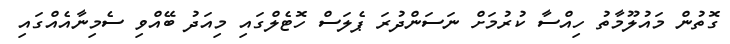
ގޮތުން މައުލޫމާތު ހިއްސާ ކުރުމަށް ނަސަންދުރަ ޕެލަސް ހޮޓެލްގައި މިއަދު ބޭއްވި ސެމިނާއެއްގައި